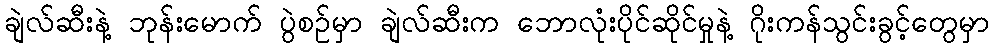
ချဲလ်ဆီးနဲ့ ဘုန်းမောက် ပွဲစဉ်မှာ ချဲလ်ဆီးက ဘောလုံးပိုင်ဆိုင်မှုနဲ့ ဂိုးကန်သွင်းခွင့်တွေမှာ